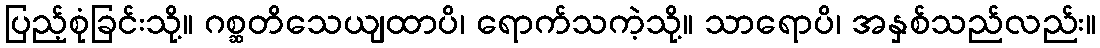
ပြည့်စုံခြင်းသို့။ ဂစ္ဆတိသေယျထာပိ၊ ရောက်သကဲ့သို့။ သာရောပိ၊ အနှစ်သည်လည်း။